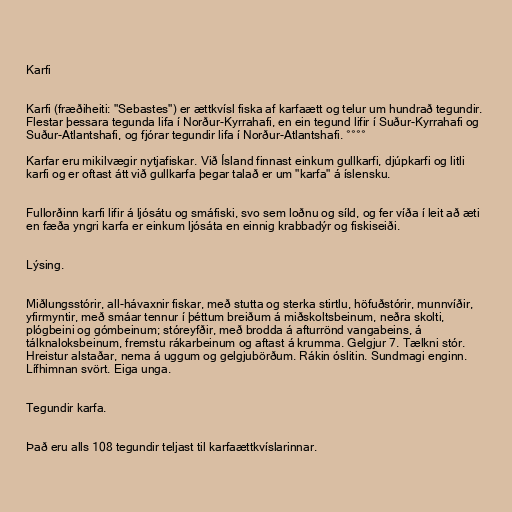
Karfi

Karfi (fræðiheiti: "Sebastes") er ættkvísl fiska af karfaætt og telur um hundrað tegundir.
Flestar þessara tegunda lifa í Norður-Kyrrahafi, en ein tegund lifir í Suður-Kyrrahafi og
Suður-Atlantshafi, og fjórar tegundir lifa í Norður-Atlantshafi. °°°°

Karfar eru mikilvægir nytjafiskar. Við Ísland finnast einkum gullkarfi, djúpkarfi og litli
karfi og er oftast átt við gullkarfa þegar talað er um "karfa" á íslensku.

Fullorðinn karfi lifir á ljósátu og smáfiski, svo sem loðnu og síld, og fer víða í leit að æti
en fæða yngri karfa er einkum ljósáta en einnig krabbadýr og fiskiseiði.

Lýsing.

Miðlungsstórir, all-hávaxnir fiskar, með stutta og sterka stirtlu, höfuðstórir, munnvíðir,
yfirmyntir, með smáar tennur í þéttum breiðum á miðskoltsbeinum, neðra skolti,
plógbeini og gómbeinum; stóreyfðir, með brodda á afturrönd vangabeins, á
tálknaloksbeinum, fremstu rákarbeinum og aftast á krumma. Gelgjur 7. Tælkni stór.
Hreistur alstaðar, nema á uggum og gelgjubörðum. Rákin óslitin. Sundmagi enginn.
Lífhimnan svört. Eiga unga.

Tegundir karfa.

Það eru alls 108 tegundir teljast til karfaættkvíslarinnar.